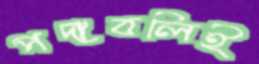
পদাবলিই